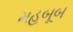
મહબૂબ